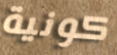
كونية